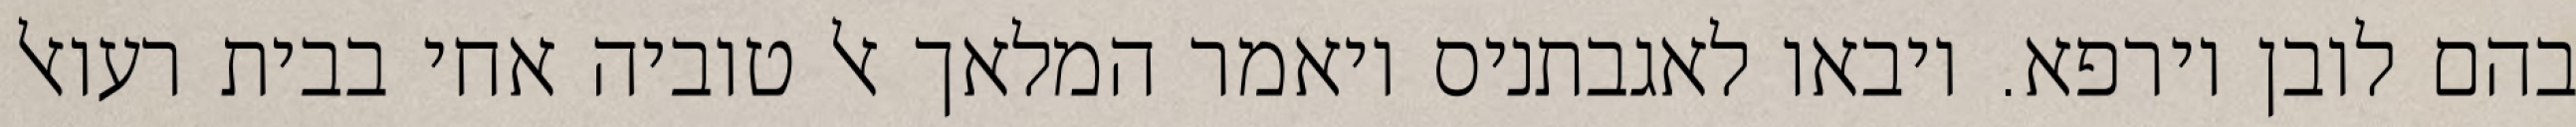
בהם לובן וירפא. ויבאו לאגבתניס ויאמר המלאך אל טוביה אחי בבית רעואל